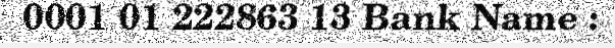
0001 01 222863 13 Bank Name :